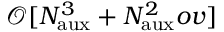
\mathcal { O } [ N _ { \mathrm { a u x } } ^ { 3 } + N _ { \mathrm { a u x } } ^ { 2 } o v ]